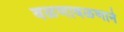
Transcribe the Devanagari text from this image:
वळणावळणाने